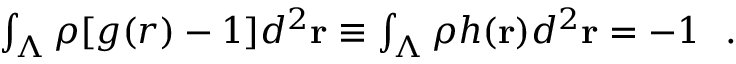
\begin{array} { r } { \int _ { \Lambda } \rho [ g ( r ) - 1 ] d ^ { 2 } { \bf r } \equiv \int _ { \Lambda } \rho h ( { \bf r } ) d ^ { 2 } { \bf r } = - 1 ~ ~ . } \end{array}